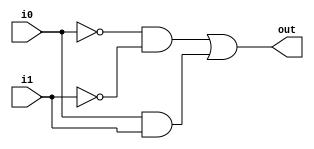
module comp1
(
    input wire i0, 
    input wire i1,
    output reg out
);

reg p0, p1;

always @(i0,i1) 
begin
    p0 = ~i0 & ~i1;
    p1 = i0 & i1;
    out = p0 | p1;    
end

endmodule